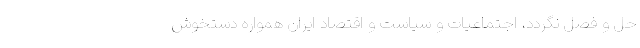
حلّ و فصل نگردد، اجتماعیات و سیاست ‌و اقتصاد ایران همواره دستخوش